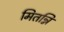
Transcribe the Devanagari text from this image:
मितन्नि